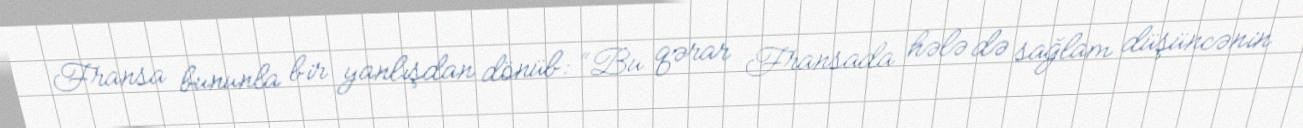
Fransa bununla bir yanlışdan dönüb: “Bu qərar Fransada hələ də sağlam düşüncənin